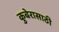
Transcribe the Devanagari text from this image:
कुबेरासाठी